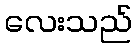
လေးသည်